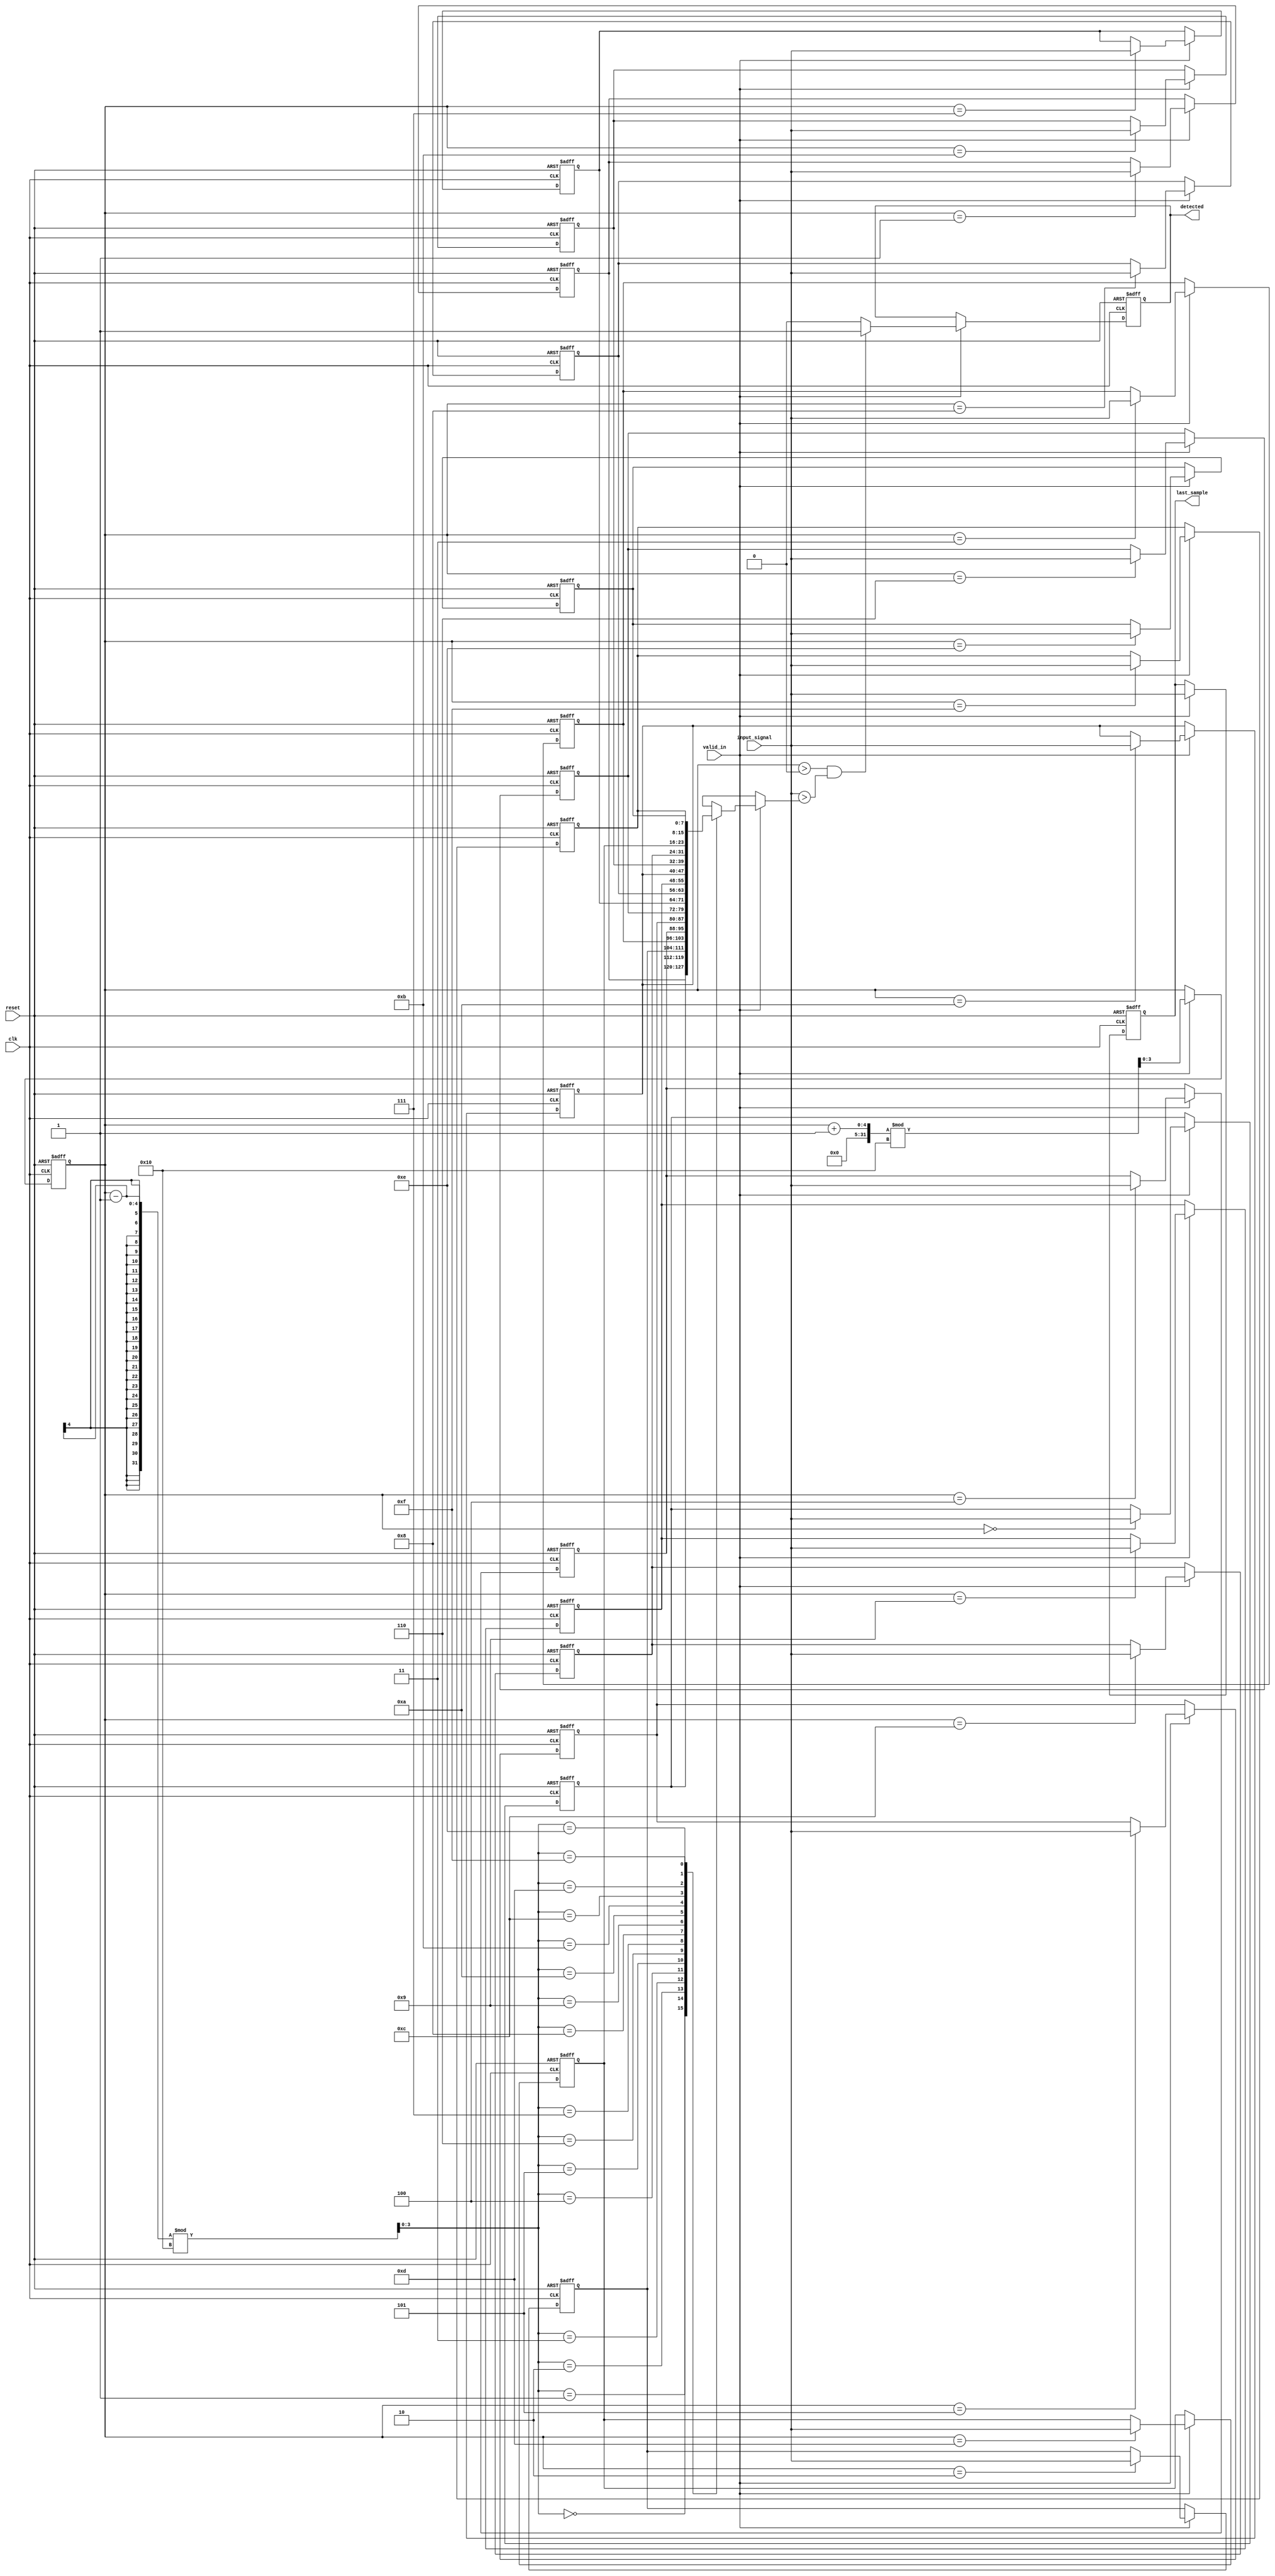
module MemoryBlocksSamplingDelayLineDetector #(
    parameter DATA_WIDTH = 8,   // Width of the data bus
    parameter MEM_SIZE = 16,     // Number of memory blocks
    parameter DELAY_SIZE = 4     // Number of delay stages
) (
    input wire clk,               // System clock
    input wire reset,             // Asynchronous reset
    input wire valid_in,          // Input signal valid flag
    input wire [DATA_WIDTH-1:0] input_signal, // Input signal
    output reg detected,          // Detection output signal
    output reg [DATA_WIDTH-1:0] last_sample // Last stored sample
);

    // Memory blocks to store samples
    reg [DATA_WIDTH-1:0] memory [0:MEM_SIZE-1];
    reg [DATA_WIDTH-1:0] delay_line [0:DELAY_SIZE-1]; // Delay line to store samples
    integer i;
    
    // Sampling control
    reg [3:0] sample_index;  // Current index in memory
    reg [3:0] delay_index;   // Delay line index

    // Initialization of memory and delay line
    initial begin
        for (i = 0; i < MEM_SIZE; i = i + 1) begin
            memory[i] = 0;
        end
        for (i = 0; i < DELAY_SIZE; i = i + 1) begin
            delay_line[i] = 0;
        end
        sample_index = 0;
        delay_index = 0;
        detected = 0;
        last_sample = 0;
    end

    // Main sampling process and delay management
    always @(posedge clk or posedge reset) begin
        if (reset) begin
            // On reset, clear everything
            for (i = 0; i < MEM_SIZE; i = i + 1) begin
                memory[i] = 0;
            end
            for (i = 0; i < DELAY_SIZE; i = i + 1) begin
                delay_line[i] = 0;
            end
            sample_index = 0;
            delay_index = 0;
            detected = 0;
            last_sample = 0;
        end else if (valid_in) begin
            // New sample to input
            memory[sample_index] <= input_signal; // Store input signal in memory
            last_sample <= input_signal;           // Update the last sample

            // Update delay line
            delay_line[delay_index] <= input_signal; // Store current input at delay line
            delay_index <= (delay_index + 1) % DELAY_SIZE; // Circular buffer logic
            
            // Detect patterns (This is a simple example condition)
            if (sample_index > 0 && (input_signal > memory[(sample_index - 1) % MEM_SIZE])) begin
                detected <= 1; // Detected condition (you can modify this logic)
            end else begin
                detected <= 0;
            end

            // Navigate sample index
            sample_index <= (sample_index + 1) % MEM_SIZE; // Circular buffer for samples
        end
    end
endmodule